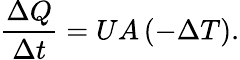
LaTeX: {\big.}{\frac{\Delta Q}{\Delta t}}=UA\, (-\Delta T).